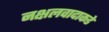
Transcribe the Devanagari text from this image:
नक्षलवादाकडे